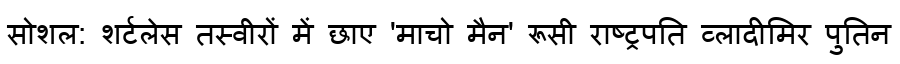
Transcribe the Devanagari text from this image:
सोशल: शर्टलेस तस्वीरों में छाए 'माचो मैन' रूसी राष्ट्रपति व्लादीमिर पुतिन